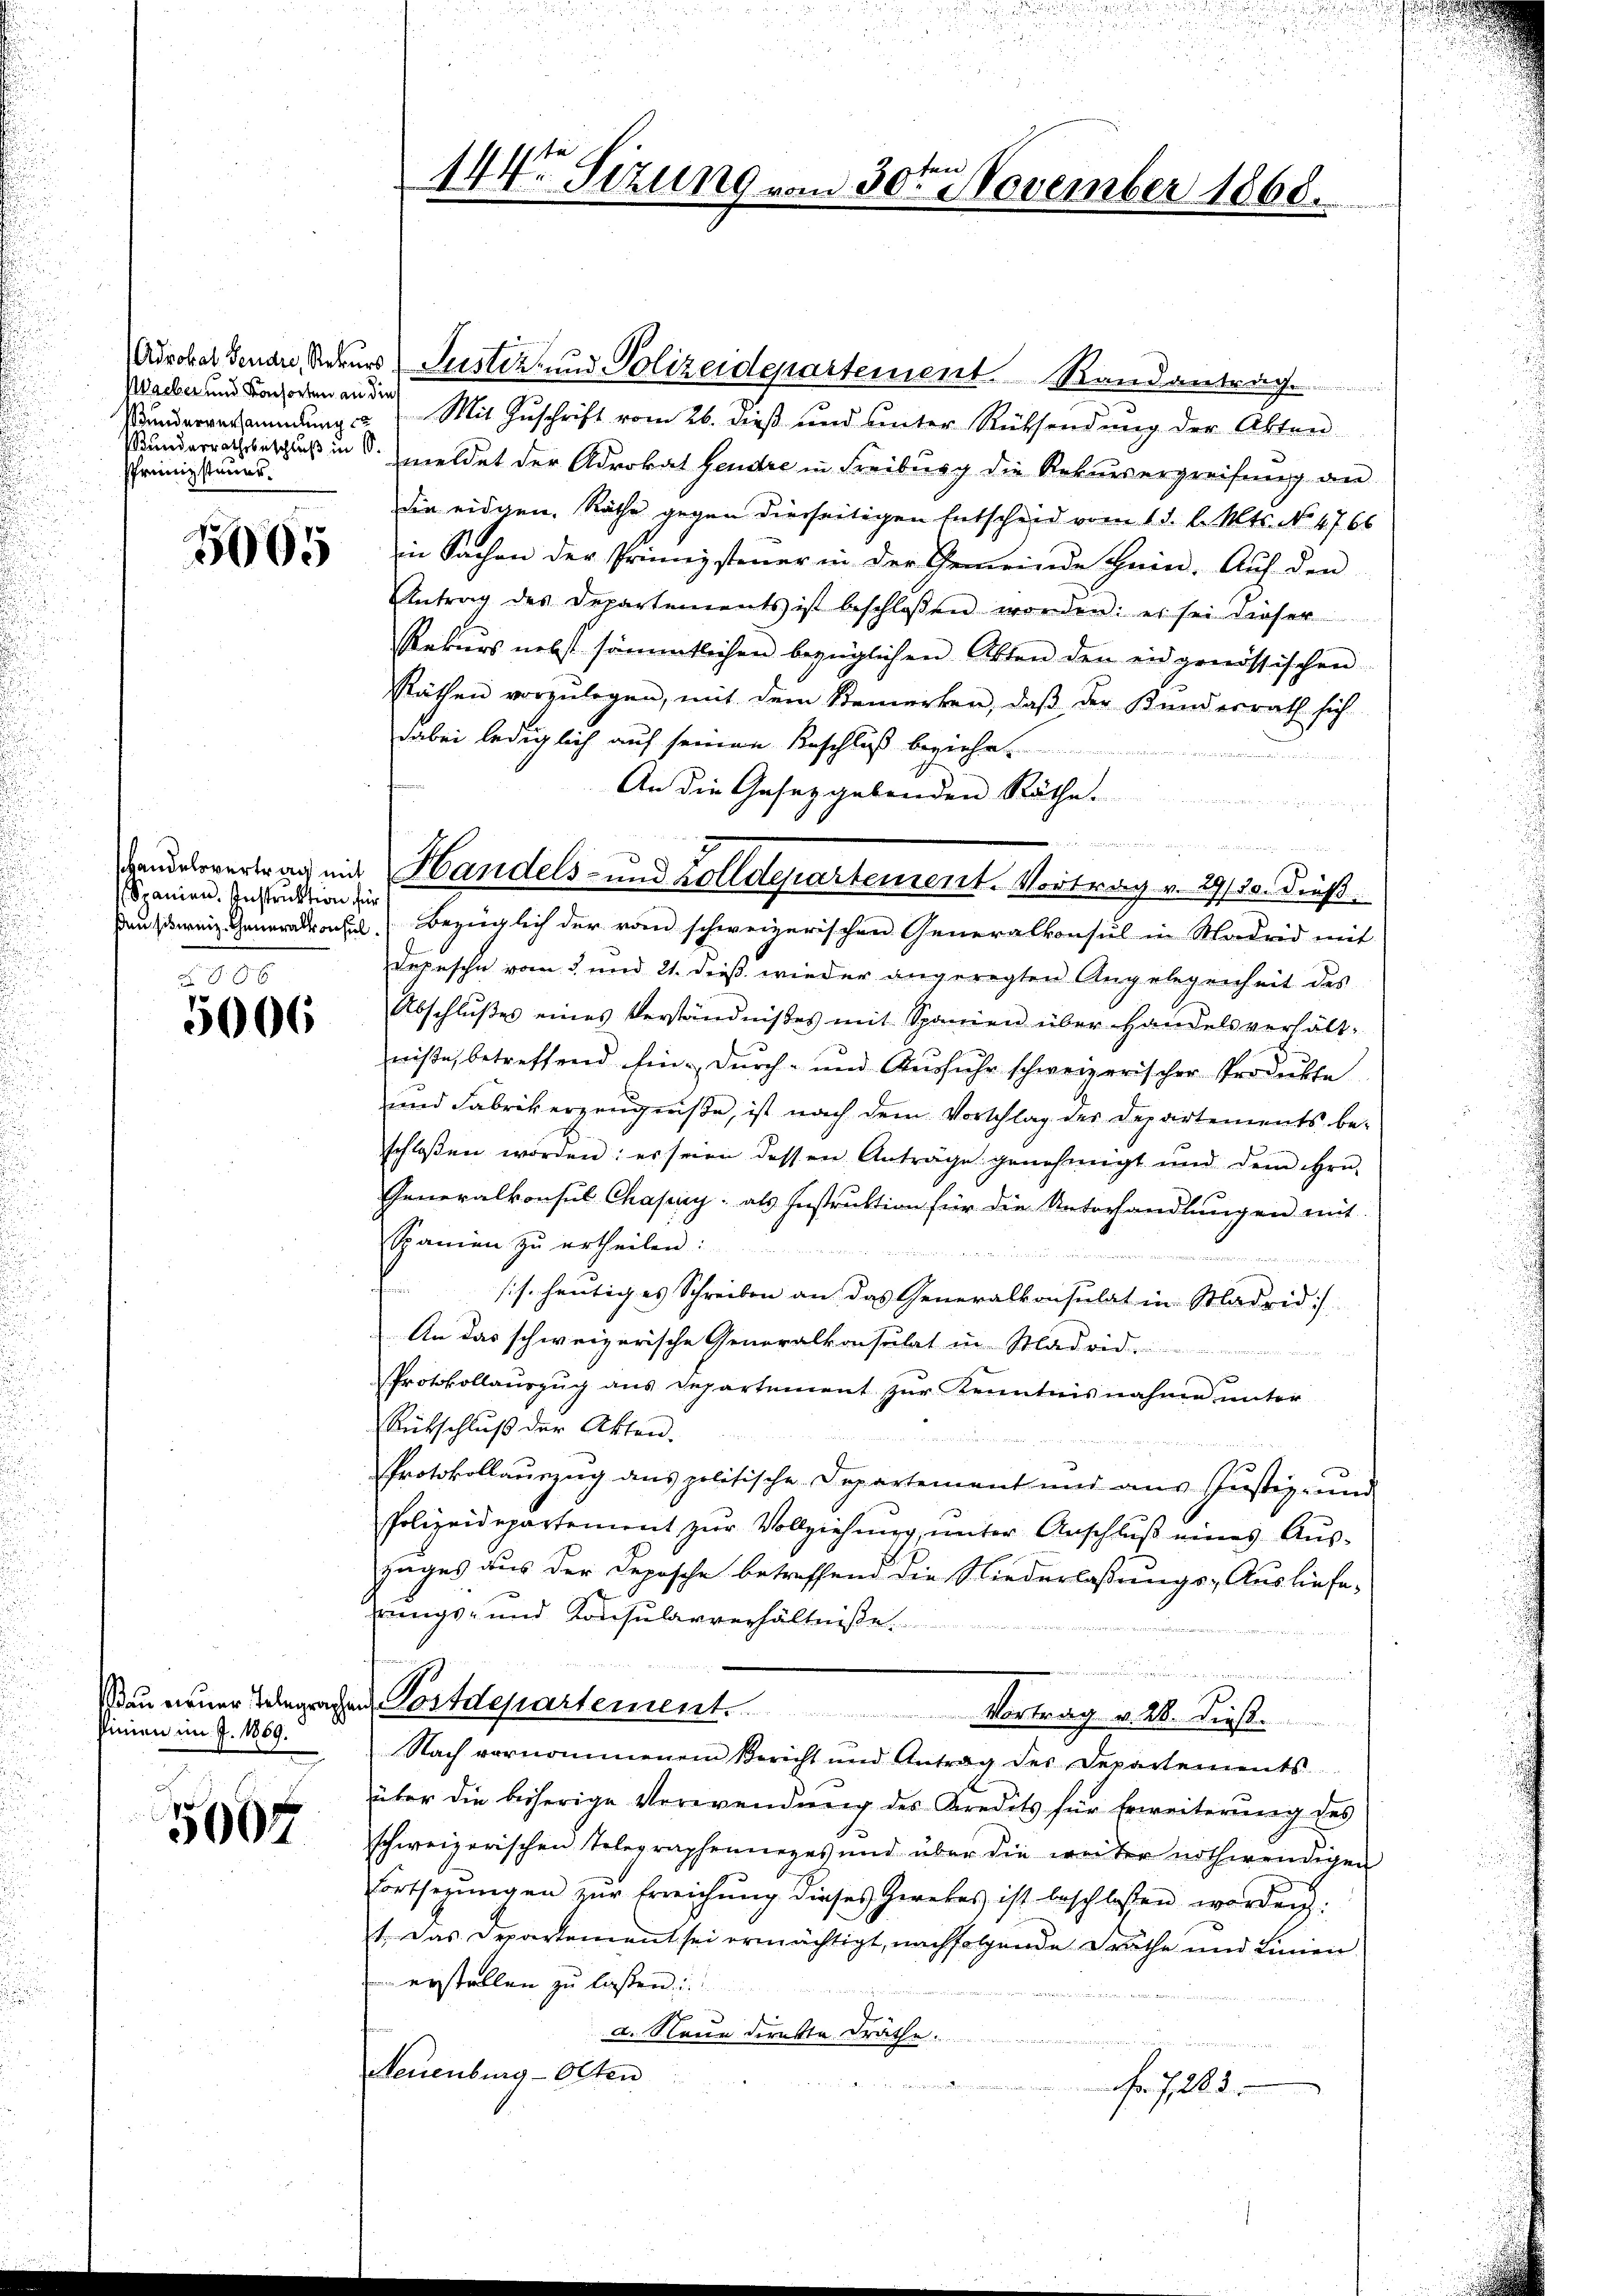
Wacker und Konsorten an die
underrathsbeschluß in 6.
Pfreiizsteuer.

5005

Spanien. Instruktion für

886
5006

Pinien im J. 1869.

5007

144. Sizung vom 30ten November 1868.

Advokat Genau, Rekurs Justiz- und Polizeidepartement Randantrag
Bunderentendung & Mit Zŭschrift vom 26. dieß und ŭnter Rücksendŭng der Akten
meldet der Advokat Hendre in Freiburg die Rekursergreifung an
die eidgen. Räthe gegen dierseitigen Entscheid vom 11. l. Mts. No 4766
in Sachen der Prinnigstener in der Gemeinde Hein. Auf den
Antrag des Departements ist beschlossen worden: es sei dieser
Rekurs nebst sämmtlichen bezüglichen Akten den eidgenössischen
Räthen vorzŭlegen, mit dem Bemerken, daβ der Kundesrath sich
dabei lediglich auf seinen Beschluß beziehe
An die Gesetzgebenden Räthe
F
Kausweiz. Generalkonsul bezüglich der vom schweizerischen Generalkonsul in Madrid mit
Depesche vom 3. und 21. dieß wieder angeregten Angelegenheit des
Abschlŭβes eines Verständnißes mit Spanien über Handelsverhält-
niße, betreffend Ein- dŭrch- und Ausfuhr schweizerischer Produkte
und Fabrik erzeugniße, ist nach dem Vorschlag des Departements be-
schloßen worden: es seien dessen Anträge genehmigt und dem Hrn.
Generalkonsul Chapay: als Instruktion für die Unterhandlungen mit
Spanien zu ertheilen:

sis. heutiges Schreiben an das Generalkonsulat in Madrid
An das schweizerische Generalkonsulat in Madrid.
u
Protokollaŭszŭg ans Departement zŭr Kenntnisnahme unter
Rütschluß der Akten.
Protokollauszug aus politische Departement und aus Justiz- und
Polizeidepartement zur Vollziehung, unter Anschluß eines Auszuges aus der Deposche betreffend die Niederlassungs-Ausliefe,
rungs- und Konsularverhältnisse
m
Man neuer Begangen Postdepartement. Vortrag v. 26. dieß.
Nach vernommenem Bericht und Antrag der Departements
über die bisherige Verwendŭng des Kredits für Erweiterŭng des
schweizerischen Telegraphenueges und über die weiter nothwendigen
Fortsetzŭngen zŭr Erreichŭng dieses Zwekes ist beschlossen worden.
1. Das Departement sei ermächtigt, nachfolgende Prathe und Linien
erstellen zu lassen:
a. Neue direkte dräthe.
Neuenburg-Otten
Nr. 728.

devertrag mit Handels- und Zolldepartement. Vortrag v. 29/30. Dieß¬

d